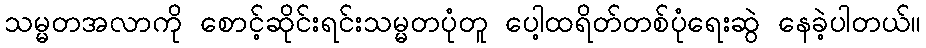
သမ္မတအလာကို စောင့်ဆိုင်းရင်းသမ္မတပုံတူ ပေါ့ထရိတ်တစ်ပုံရေးဆွဲ နေခဲ့ပါတယ်။